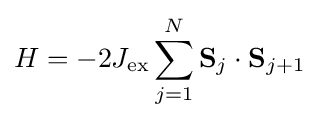
H=-2J_{\rm {ex}}\sum _{j=1}^{N}\mathbf {S} _{j}\cdot \mathbf {S} _{j+1}